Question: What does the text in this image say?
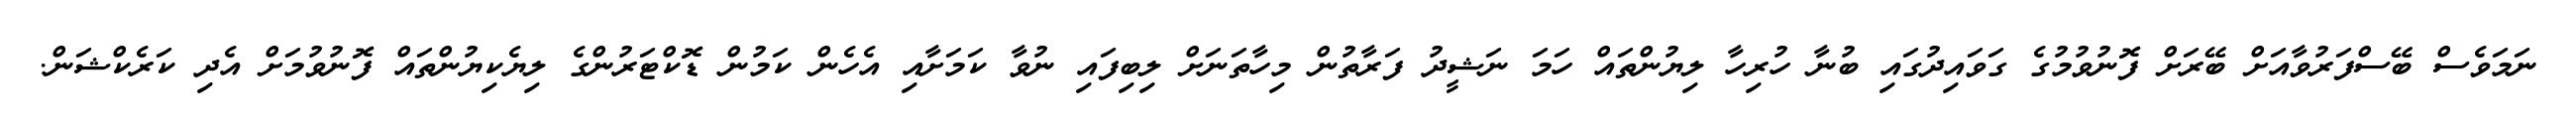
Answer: ނަމަވެސް ބޭސްފަރުވާއަށް ބޭރަށް ފޮނުވުމުގެ ގަވައިދުގައި ބުނާ ހުރިހާ ލިޔުންތައް ހަމަ ނަޝީދު ފަރާތުން މިހާތަނަށް ލިބިފައި ނުވާ ކަމަށާއި އެހެން ކަމުން ޑޮކްޓަރުންގެ ލިޔެކިޔުންތައް ފޮނުވުމަށް އެދި ކަރެކްޝަން.